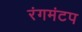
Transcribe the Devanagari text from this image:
रंगमंटप